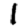
Digit: 1